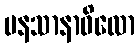
မနသာနာဝိလော